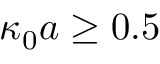
\kappa _ { 0 } a \geq 0 . 5